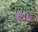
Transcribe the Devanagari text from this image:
वृत्तज